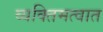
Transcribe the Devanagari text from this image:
व्यक्तिमत्वात